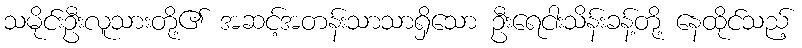
သမိုင်းဦးလူသားတို့၏ အဆင့်အတန်းသာသာရှိသော ဦးရေငါးသိန်းခန့်တို့ နေထိုင်သည့်